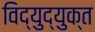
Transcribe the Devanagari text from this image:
विद्युद्युक्त